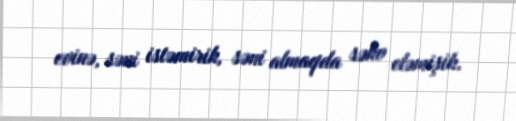
evinə, səni istəmirik, səni almaqda səhv eləmişik.